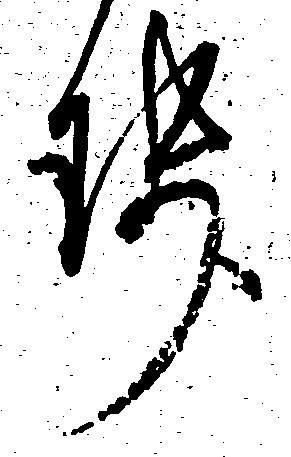
せ